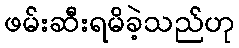
ဖမ်းဆီးရမိခဲ့သည်ဟု